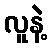
လူနဲ့